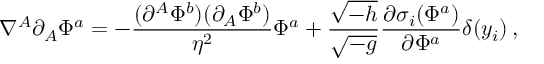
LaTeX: \nabla ^ { A } \partial _ { A } \Phi ^ { a } = - { \frac { ( \partial ^ { A } \Phi ^ { b } ) ( \partial _ { A } \Phi ^ { b } ) } { \eta ^ { 2 } } } \Phi ^ { a } + { \frac { \sqrt { - h } } { \sqrt { - g } } } { \frac { \partial \sigma _ { i } ( \Phi ^ { a } ) } { \partial \Phi ^ { a } } } \delta ( y _ { i } ) \, ,